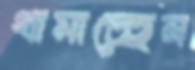
থামাচ্ছেন